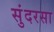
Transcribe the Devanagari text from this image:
सुंदरसा